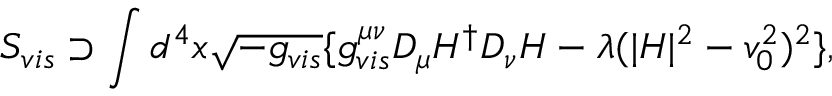
S _ { v i s } \supset \int d ^ { 4 } x \sqrt { - g _ { v i s } } \{ g _ { v i s } ^ { \mu \nu } D _ { \mu } H ^ { \dagger } D _ { \nu } H - \lambda ( | H | ^ { 2 } - v _ { 0 } ^ { 2 } ) ^ { 2 } \} ,